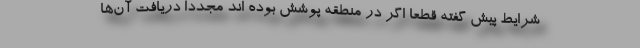
شرایط پیش گفته قطعا اگر در منطقه پوشش بوده اند مجددا دریافت آن‌ها